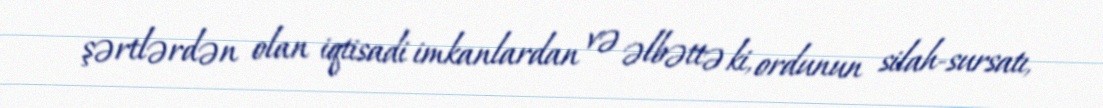
şərtlərdən olan iqtisadi imkanlardan və əlbəttə ki, ordunun silah-sursatı,